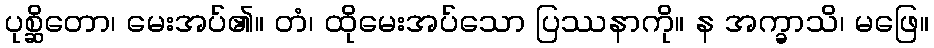
ပုစ္ဆိတော၊ မေးအပ်၏။ တံ၊ ထိုမေးအပ်သော ပြဿနာကို။ န အက္ခာသိ၊ မဖြေ။